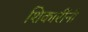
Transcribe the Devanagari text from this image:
शिकारींनी